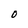
Character: O